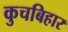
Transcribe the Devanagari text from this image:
कुचबिहार